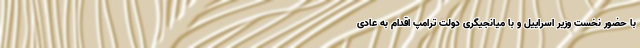
با حضور نخست وزیر اسراییل و با میانجیگری دولت ترامپ اقدام به عادی